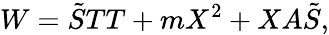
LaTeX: W=\tilde{S}TT+mX^{2}+XA\tilde{S},